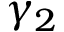
\gamma _ { 2 }